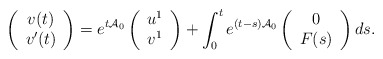
\begin{align*}\left( \begin{array} {c} v(t)\\v'(t)\end{array}\right)=e^{t\mathcal{A}_0}\left( \begin{array} {c} u^1\\v^1\end{array}\right)+\int_0^t e^{(t-s)\mathcal{A}_0}\left( \begin{array} {c} 0\\F(s)\end{array}\right)ds.\end{align*}